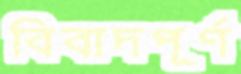
বিবাদপূর্ণ